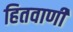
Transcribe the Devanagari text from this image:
हितवाणी